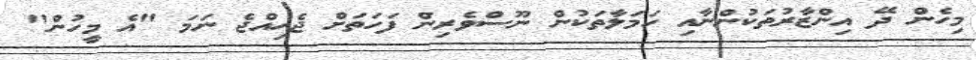
މިހެން ދޭ އިންޒާރުތަކުންނާއި ހަމަލާތަކުން ނޫސްވެރިން ފަހަތަށް ޖެހިއްޖެ ނަމަ "އެ މީހުން"